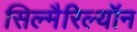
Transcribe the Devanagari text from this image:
सिल्मैरिल्यॉन